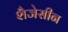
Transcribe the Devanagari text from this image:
शैजेसीन